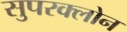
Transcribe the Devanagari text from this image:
सुपरक्लोन